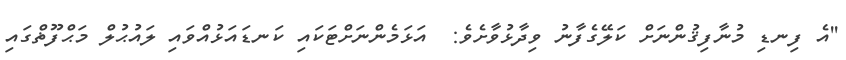
''އެ ފިނޑި މުނާފިޤުންނަށް ކަލޭގެފާނު ވިދާޅުވާށެވެ:  އަޅަމެންނަށްޓަކައި ކަނޑައަޅުއްވައި ލައުޙުލް މަޙްފޫޡްގައި